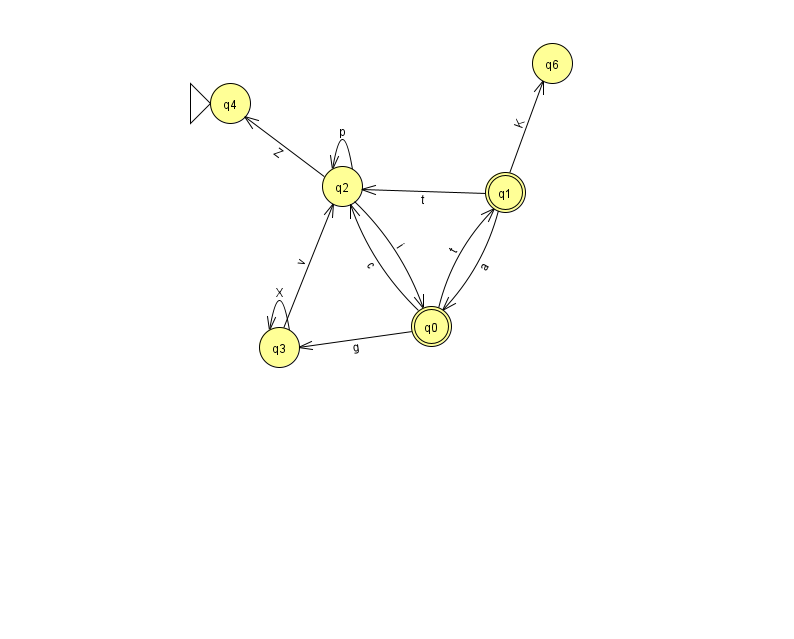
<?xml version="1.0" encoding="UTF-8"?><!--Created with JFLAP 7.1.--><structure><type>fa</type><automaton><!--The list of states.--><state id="0" name="q0"><x>431.0</x><y>313.0</y><final/></state><state id="1" name="q1"><x>505.0</x><y>179.0</y><final/></state><state id="2" name="q2"><x>342.0</x><y>173.0</y></state><state id="3" name="q3"><x>279.0</x><y>334.0</y></state><state id="4" name="q4"><x>230.0</x><y>90.0</y><initial/></state><state id="6" name="q6"><x>552.0</x><y>50.0</y></state><!--The list of transitions.--><transition><from>2</from><to>0</to><read>i</read></transition><transition><from>2</from><to>2</to><read>p</read></transition><transition><from>0</from><to>1</to><read>t</read></transition><transition><from>1</from><to>6</to><read>K</read></transition><transition><from>0</from><to>3</to><read>g</read></transition><transition><from>1</from><to>0</to><read>a</read></transition><transition><from>3</from><to>3</to><read>X</read></transition><transition><from>0</from><to>2</to><read>c</read></transition><transition><from>1</from><to>2</to><read>t</read></transition><transition><from>2</from><to>4</to><read>Z</read></transition><transition><from>3</from><to>2</to><read>v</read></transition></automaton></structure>